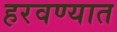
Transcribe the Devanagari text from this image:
हरवण्यात